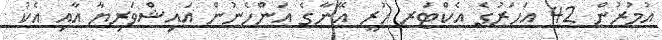
އުމުރުން 42 އަހަރުގެ އެކްޓަރ ހުރީ އޭނާގެ އަންހެނުން އައިޝްވަރިޔާ އާއި އެކު